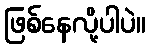
ဖြစ်နေလို့ပါပဲ။